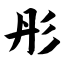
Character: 彤